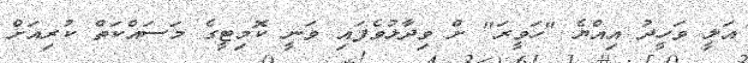
އަލީ ވަހީދު އިއްޔެ "ހަވީރަ" ށް ވިދާޅުވެފައި ވަނީ ކޮމިޓީގެ މަސައްކަތް ކުރިއަށް